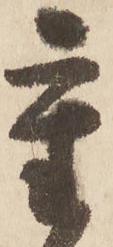
重